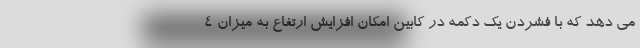
می دهد که با فشردن یک دکمه در کابین امکان افزایش ارتفاع به میزان 4